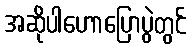
အဆိုပါဟောပြောပွဲတွင်